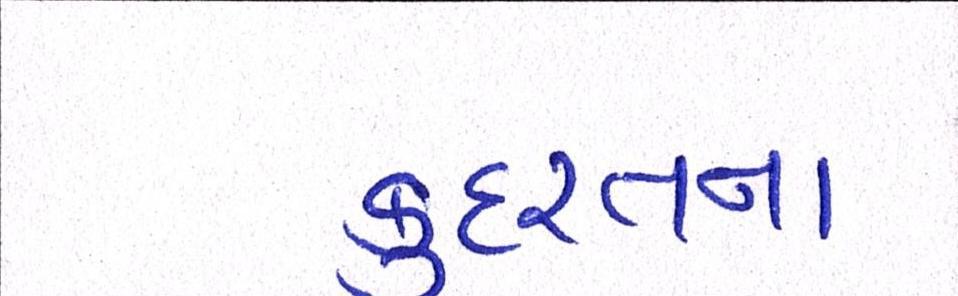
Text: કુદરતના